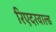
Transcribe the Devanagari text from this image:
रिएदरवाल्ड